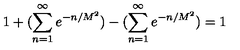
1 + ( \sum _ { n = 1 } ^ { \infty } e ^ { - n / M ^ { 2 } } ) - ( \sum _ { n = 1 } ^ { \infty } e ^ { - n / M ^ { 2 } } ) = 1